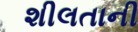
શીલતાની